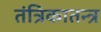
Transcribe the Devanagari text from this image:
तंत्रिकातन्त्र